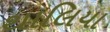
થાલિયા